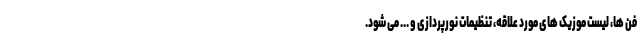
فن ها، لیست موزیک های مورد علاقه، تنظیمات نورپردازی و ... می شود.